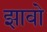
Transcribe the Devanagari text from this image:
झावो